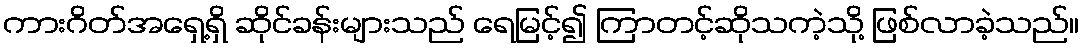
ကားဂိတ်အရှေ့ရှိ ဆိုင်ခန်းများသည် ရေမြင့်၍ ကြာတင့်ဆိုသကဲ့သို့ ဖြစ်လာခဲ့သည်။